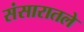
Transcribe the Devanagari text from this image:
संसारातले